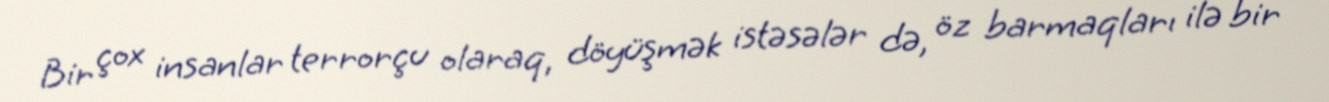
Bir çox insanlar terrorçu olaraq, döyüşmək istəsələr də, öz barmaqları ilə bir